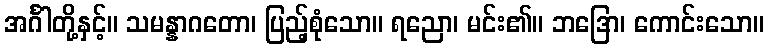
အင်္ဂါတို့နှင့်။ သမန္နာဂတော၊ ပြည့်စုံသော။ ရညော၊ မင်း၏။ ဘဒြော၊ ကောင်းသော။